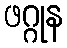
ဖဂ္ဂုန